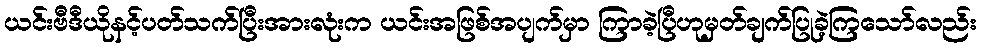
ယင်းဗီဒီယိုနင့်ပတ်သက်ပြီးအားလုံးက ယင်းအဖြစ်အပျက်မှာ ကြာခဲ့ပြီဟုမှတ်ချက်ပြုခဲ့ကြသော်လည်း